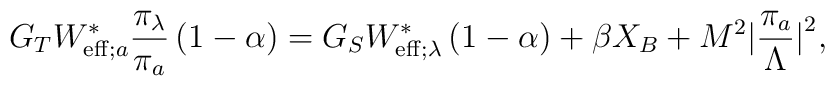
G_TW_{{\rm eff};a}^\ast\frac{\pi_\lambda}{\pi_a} \left( 1-\alpha \right)  =  G_SW_{{\rm eff};\lambda}^\ast \left( 1-\alpha \right)+\beta X_B +M^2\big| \frac{\pi_a}{\Lambda}\big|^2,